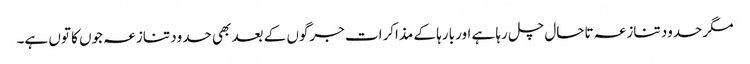
مگر حدود تنازعہ تاحال چل رہا ہے اور بارہا کے مذاکرات جرگوں کے بعد بھی حدود تنازعہ جوں کا توں ہے۔